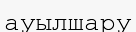
ауылшару